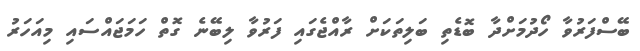
ބޭސްފަރުވާ ހޯދުމަށްދާ ބޮޑެތި ބަލިތަަކަށް ރާއްޖެގައި ފަރުވާ ލިބޭނެ ގޮތް ހަމަޖައްސައި މިއަހަރު